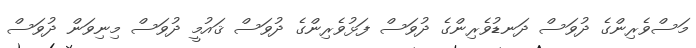
މަސްވެރިންގެ ދުވަސް ދަނޑުވެރިންގެ ދުވަސް ފަޅުވެރިންގެ ދުވަސް ޤައުމީ ދުވަސް މިނިވަން ދުވަސް